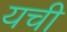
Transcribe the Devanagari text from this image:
यची